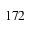
1 7 2